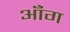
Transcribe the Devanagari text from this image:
ऑंग